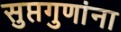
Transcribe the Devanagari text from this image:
सुप्तगुणांना